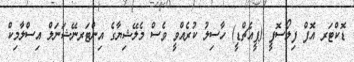
ޑޮކްޓަރ އޮފް ފިލޯސޮފީ (ޕީއެޗްޑީ) ހާސިލު ކުރެއްވީ ވެސް މެލޭޝިޔާގެ އިންޓަރނޭޝަނަލް އިސްލާމިކް